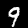
Digit: 9